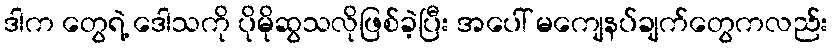
ဒါက တွေရဲ့ ဒေါသကို ပိုမိုဆွသလိုဖြစ်ခဲ့ပြီး အပေါ် မကျေနပ်ချက်တွေကလည်း